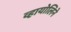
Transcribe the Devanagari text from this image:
व्हायोलिने